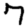
Digit: 7